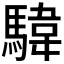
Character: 𩤮